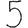
Digit: 5